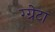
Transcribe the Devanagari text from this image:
ग्ग्रेटा